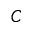
C